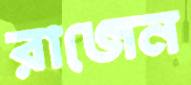
রাজেন